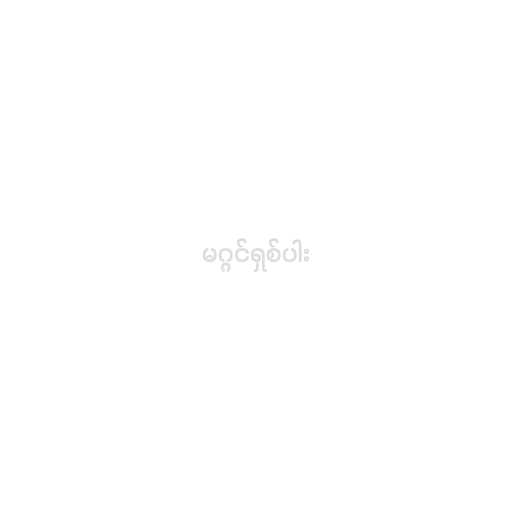
မဂ္ဂင်ရှစ်ပါး